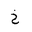
Letter: _kha